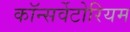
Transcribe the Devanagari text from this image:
कॉन्सर्वेटोरियम